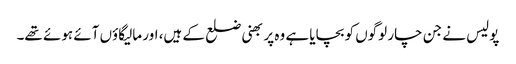
پولیس نے جن چار لوگوں کو بچایا ہے وہ پربھنی ضلع کے ہیں، اور مالیگاؤں آئے ہوئے تھے۔